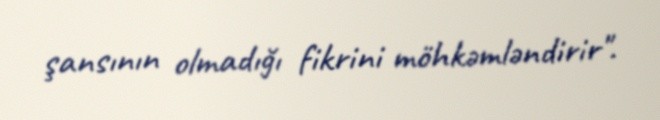
şansının olmadığı fikrini möhkəmləndirir".